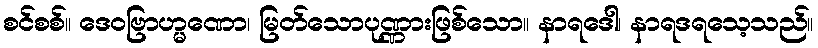
စင်စစ်။ ဒေဝဗြာဟ္မဏော၊ မြတ်သောပုဏ္ဏားဖြစ်သော။ နာရဒေါ၊ နာရဒရသေ့သည်။